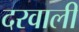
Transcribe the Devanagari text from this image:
दरवाली